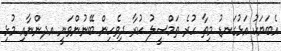
އެބަޔަކު އަޅުގަނޑު މިތާ ހުރެ ތަމްސީލު ކުރާ ދިވެހިން ބޭނުންވަނީ އދންނާއި މުޅި